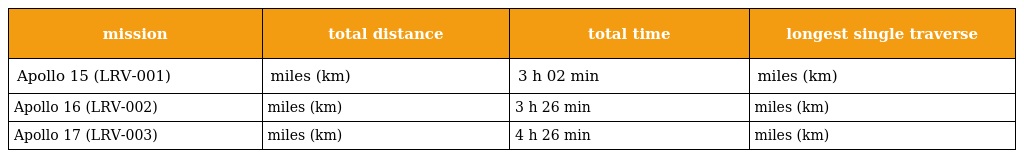
| mission | total distance | total time | longest single traverse |
 | --- | --- | --- | --- |
 | Apollo 15 (LRV-001) | miles (km) | 3 h 02 min | miles (km) |
 | Apollo 16 (LRV-002) | miles (km) | 3 h 26 min | miles (km) |
 | Apollo 17 (LRV-003) | miles (km) | 4 h 26 min | miles (km) |